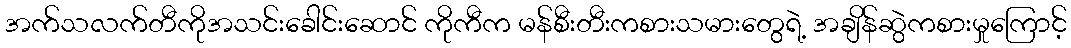
အက်သလက်တီကိုအသင်းခေါင်းဆောင် ကိုကီက မန်စီးတီးကစားသမားတွေရဲ့ အချိန်ဆွဲကစားမှုကြောင့်